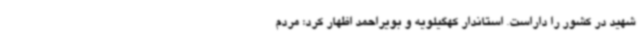
شهید در کشور را داراست. استاندار کهگیلویه و بویراحمد اظهار کرد: مردم